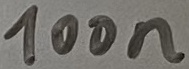
Text: 100n